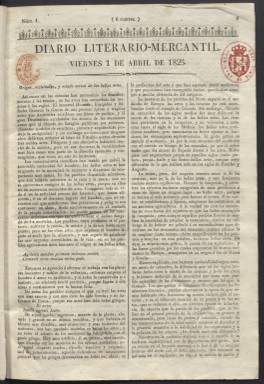
Título: Diario literario-mercantil
Otros títulos: Diario literario mercantil || Diario literario mercantil
Colección: Periódicos anteriores a 1850
Ámbito geográfico: Madrid
Lugar de publicación: Madrid
Fechas: 01/04/1825-10/07/1825